Punjab Mental Hospital Lahore 1932-46 - 1932-1946
Year: 1932
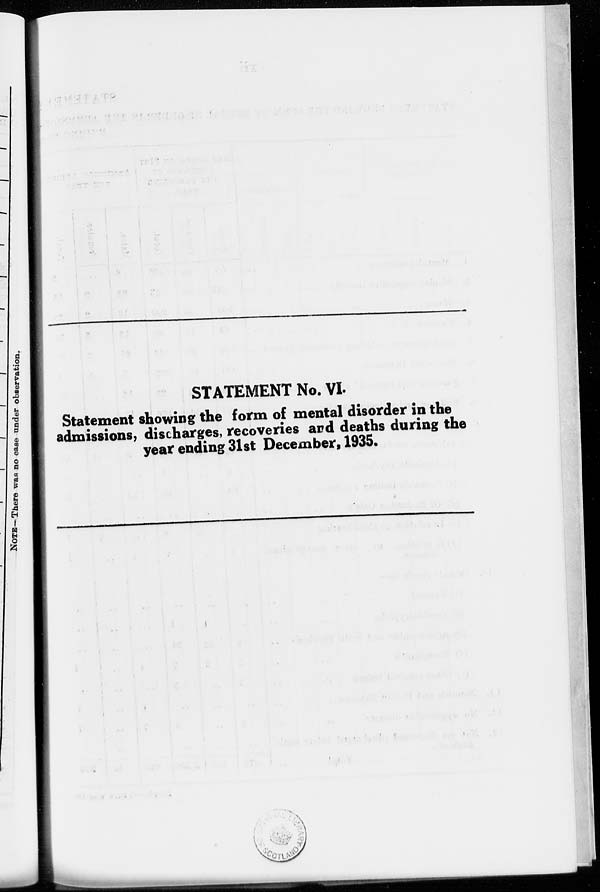
STATEMENT No. VI.
Statement showing the form of mental disorder in the
admissions, discharges, recoveries and deaths during the
year ending 31st December, 1935.